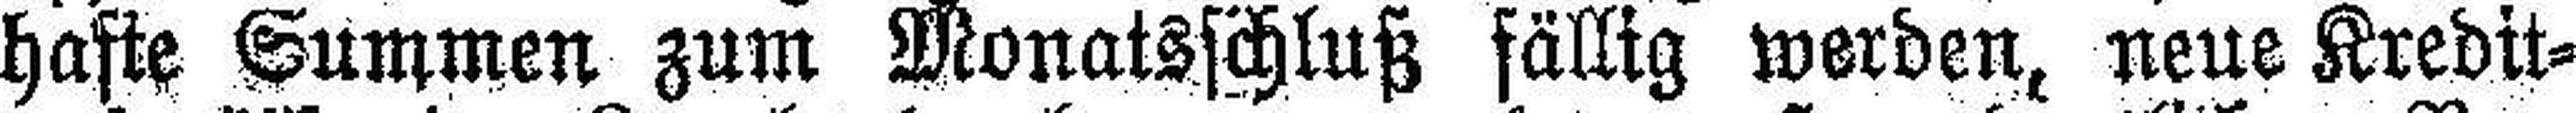
hafte Summen zum Monatsschluß fällig werden, neue Kredit¬